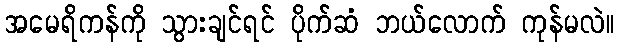
အမေရိကန်ကို သွားချင်ရင် ပိုက်ဆံ ဘယ်လောက် ကုန်မလဲ။